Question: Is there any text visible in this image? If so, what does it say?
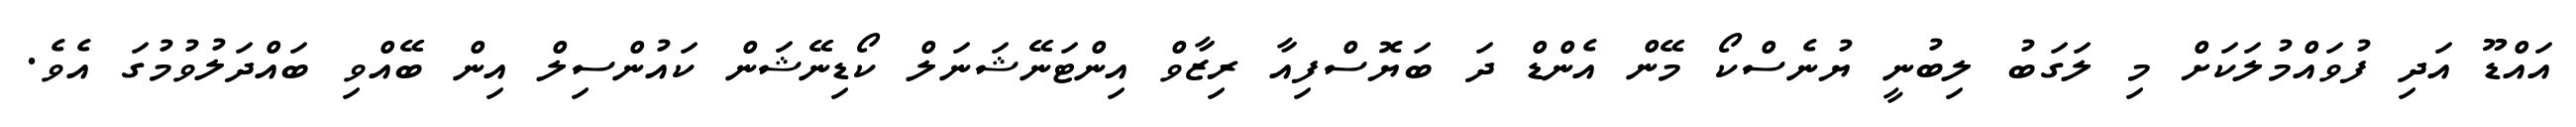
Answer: އައްޑޫ އަދި ފުވައްމުލަކަށް މި ލަގަބު ލިބުނީ ޔުނެސްކޯ މޭން އެންޑް ދަ ބަޔޮސްފިއާ ރިޒާވް އިންޓަނޭޝަނަލް ކޯޑިނޭޝަން ކައުންސިލް އިން ބޭއްވި ބައްދަލުވުމުގަ އެވެ.